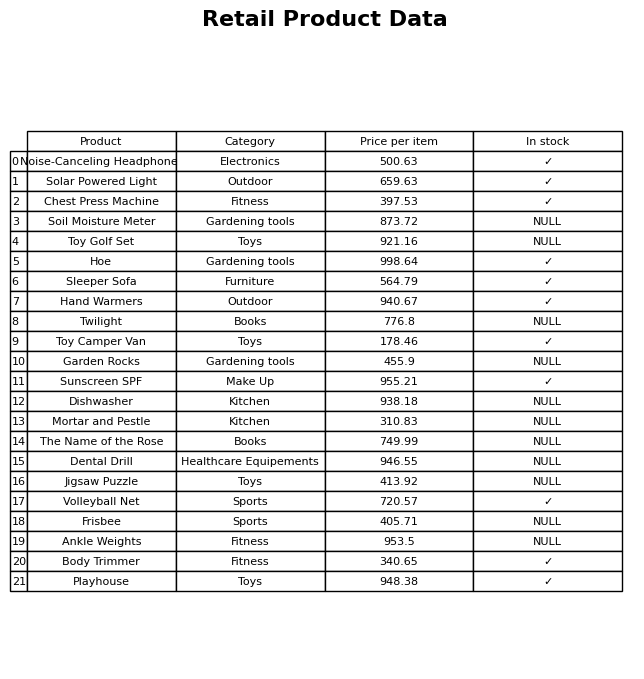
question: What is the price of the Garden Rocks?
answer: The price of Garden Rocks is 455.9.